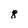
Character: 8